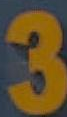
3